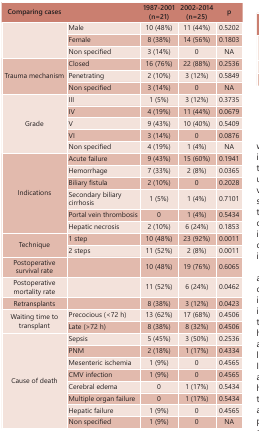
<table><thead><tr><td><b>Comparing cases</b></td><td></td><td><b>1987-2001 (n=21)</b></td><td><b>2002-2014 (n=25)</b></td><td><b>p</b></td></tr></thead><tbody><tr><td rowspan="3"></td><td>Male</td><td>10 (48%)</td><td>11 (44%)</td><td>0.5202</td></tr><tr><td>Female</td><td>8 (38%)</td><td>14 (56%)</td><td>0.1803</td></tr><tr><td>Non specified </td><td>3 (14%)</td><td>0</td><td>NA</td></tr><tr><td rowspan="3">Trauma mechanism</td><td>Closed</td><td>16 (76%)</td><td>22 (88%)</td><td>0.2536</td></tr><tr><td>Penetrating</td><td>2 (10%)</td><td>3 (12%)</td><td>0.5849</td></tr><tr><td>Non specified</td><td>3 (14%)</td><td>0</td><td>NA</td></tr><tr><td rowspan="5">Grade</td><td>III</td><td>1 (5%)</td><td>3 (12%)</td><td>0.3735</td></tr><tr><td>IV</td><td>4 (19%)</td><td>11 (44%)</td><td>0.0679</td></tr><tr><td>V</td><td>9 (43%)</td><td>10 (40%)</td><td>0.5409</td></tr><tr><td>VI</td><td>3 (14%)</td><td>0</td><td>0.0876</td></tr><tr><td>Non specified</td><td>4 (19%)</td><td>1 (4%)</td><td>NA</td></tr><tr><td rowspan="6">Indications</td><td>Acute failure</td><td>9 (43%)</td><td>15 (60%)</td><td>0.1941</td></tr><tr><td>Hemorrhage</td><td>7 (33%)</td><td>2 (8%)</td><td>0.0365</td></tr><tr><td>Biliary fistula</td><td>2 (10%)</td><td>0</td><td>0.2028</td></tr><tr><td>Secondary biliary cirrhosis</td><td>1 (5%)</td><td>1 (4%)</td><td>0.7101</td></tr><tr><td>Portal vein thrombosis</td><td>0</td><td>1 (4%)</td><td>0.5434</td></tr><tr><td>Hepatic necrosis </td><td>2 (10%)</td><td>6 (24%)</td><td>0.1853</td></tr><tr><td rowspan="2">Technique</td><td>1 step</td><td>10 (48%)</td><td>23 (92%)</td><td>0.0011</td></tr><tr><td>2 steps</td><td>11 (52%)</td><td>2 (8%)</td><td>0.0011</td></tr><tr><td>Postoperative survival rate</td><td></td><td>10 (48%)</td><td>19 (76%)</td><td>0.6065</td></tr><tr><td>Postoperative mortality rate</td><td></td><td>11 (52%)</td><td>6 (24%)</td><td>0.0462</td></tr><tr><td>Retransplants</td><td></td><td>8 (38%)</td><td>3 (12%)</td><td>0.0423</td></tr><tr><td rowspan="2">Waiting time to transplant</td><td>Precocious (&lt;72 h)</td><td>13 (62%)</td><td>17 (68%)</td><td>0.4506</td></tr><tr><td>Late (&gt;72 h)</td><td>8 (38%)</td><td>8 (32%)</td><td>0.4506</td></tr><tr><td rowspan="8">Cause of death</td><td>Sepsis</td><td>5 (45%)</td><td>3 (50%)</td><td>0.2536</td></tr><tr><td>PNM</td><td>2 (18%)</td><td>1 (17%)</td><td>0.4334</td></tr><tr><td>Mesenteric ischemia</td><td>1 (9%)</td><td>0</td><td>0.4565</td></tr><tr><td>CMV infection</td><td>1 (9%)</td><td>0</td><td>0.4565</td></tr><tr><td>Cerebral edema </td><td>0</td><td>1 (17%)</td><td>0.5434</td></tr><tr><td>Multiple organ failure</td><td>0</td><td>1 (17%)</td><td>0.5434</td></tr><tr><td>Hepatic failure</td><td>1 (9%)</td><td>0</td><td>0.4565</td></tr><tr><td>Non specified </td><td>1 (9%)</td><td>0</td><td>NA</td></tr></tbody></table>